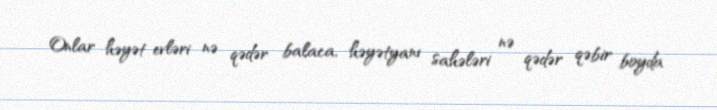
Onlar həyət evləri nə qədər balaca, həyətyanı sahələri nə qədər qəbir boyda